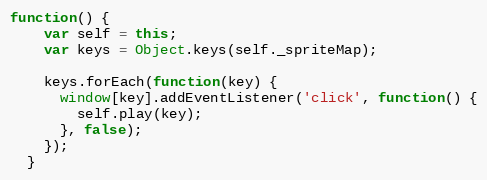
Language: JavaScript
function() {
    var self = this;
    var keys = Object.keys(self._spriteMap);

    keys.forEach(function(key) {
      window[key].addEventListener('click', function() {
        self.play(key);
      }, false);
    });
  }